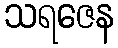
သရဇေန